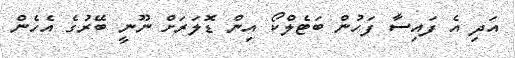
އަދި އެ ފައިސާ ފަހުން ބަޓެލްކޯ އިން ޑޮލަރަށް ނޫނީ ބޭރުގެ އެހެން